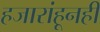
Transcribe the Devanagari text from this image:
हजारांहूनही